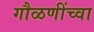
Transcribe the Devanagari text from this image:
गौळणींच्वा